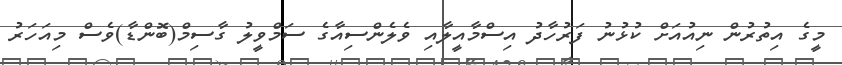
މީގެ އިތުރުން ނިއުއަށް ކުޅުނު ފަރުހާދު އިސްމާއީލާއި ވެލެންސިއާގެ ސަމްވީލު ގާސިމް(ބޮންޑާ)ވެސް މިއަހަރު